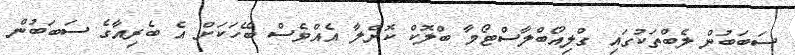
ސަބަބުން ލެބްތަކުގައި ގްލިއޯބްލާސްޓޯމާ ބްލޮކް ކޮށްލާ އެއްވެސް ބޭހަކަށް އެ ބެރިއާގެ ސަބަބުން